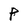
Character: P